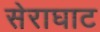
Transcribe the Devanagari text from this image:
सेराघाट